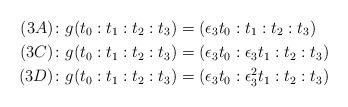
LaTeX: \begin{align*}(3A) \colon & g(t_0:t_1:t_2:t_3) = (\epsilon_3 t_0:t_1:t_2:t_3)\\(3C) \colon & g(t_0:t_1:t_2:t_3) = (\epsilon_3 t_0:\epsilon_3 t_1:t_2:t_3)\\(3D) \colon & g(t_0:t_1:t_2:t_3) = (\epsilon_3 t_0:\epsilon_3^2 t_1:t_2:t_3)\end{align*}